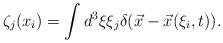
LaTeX: \begin{align*}\zeta_j(x_i)=\int d^3 \xi \xi_j\delta(\vec x-\vec x(\xi_i,t)).\end{align*}